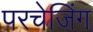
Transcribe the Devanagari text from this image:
परचेजिंग